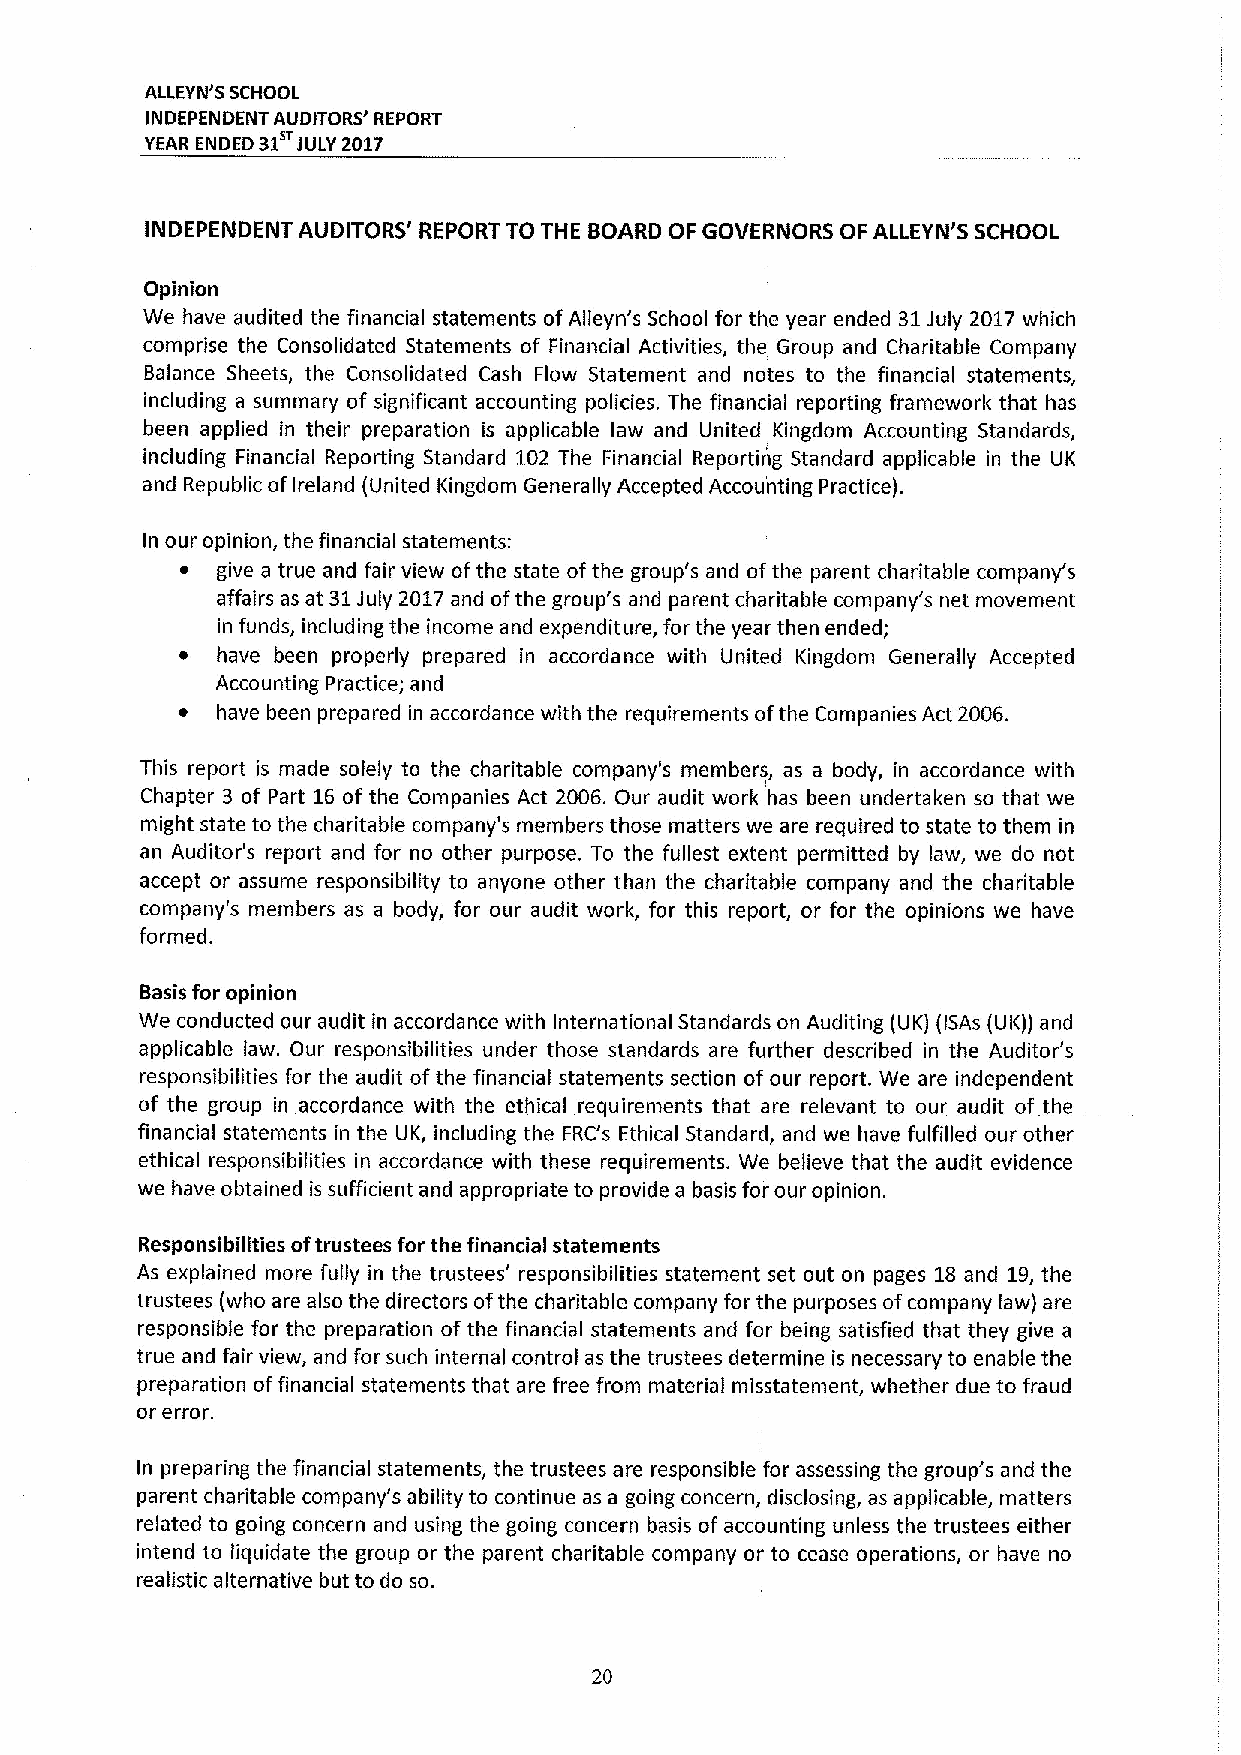
ALLEYN'S SCHOOL
 INDEPENDENT AUDITORS' REPORT
 YEAR ENDED 31 JULY 2017
 INDEPENDENT AUDITORS' REPORT TO THE BOARD OF GOVERNORS OF ALLEYN'S SCHOOL
 Opinion
 We have audited the financial statements ofAlleyn's School for the year ended 31July 2017 which
 comprise the Consolidated Statements of Financial Activities, the Group and Charitable Company
 Balance Sheets, the Consolidated Cash Flow Statement and notes to the financial statements,
 including a summary of significant accounting policies. The financial reporting framework that has
 been applied in their preparation is applicable law and United Kingdom Accounting Standards,
 including Financial Reporting Standard 102 The Financial Reporting Standard applicable in the UK
 and Republic ofireland (United Kingdom Generally Accepted Accounting Practice).
 In our opinion, the financial statements:
 ~ give a true and fair view ofthe state ofthe group's and ofthe parent charitable company's
 affairs as at 31July 2017and ofthe group's and parent charitable company's net movement
 in funds, including the income and expenditure, for the year then ended;
 ~ have been properly prepared in accordance with United Kingdom Generally Accepted
 Accounting Practice; and
 ~ have been prepared in accordance with the requirements ofthe Companies Act 2006.
 This report is made solely to the charitable company's members, as a body, in accordance with
 Chapter 3 of Part 16 of the Companies Act 2006. Our audit work has been undertaken so that we
 might state to the charitable company's members those matters we are required to state to them in
 an Auditor's report and for no other purpose. To the fullest extent permitted by law, we do not
 accept or assume responsibility to anyone other than the charitable company and the charitable
 company's members as a body, for our audit work, for this report, or for the opinions we have
 formed.
 Basis for opinion
 We conducted our audit in accordance with International Standards on Auditing (UK) (ISAs (UK)) and
 applicable faw. Our responsibilities under those standards are further described in the Auditor's
 responsibilities for the audit ofthe financial statements section of our report. We are independent
 of the group in accordance with the ethical requirements that are relevant to our audit of the
 financial statements in the UK, including the FRC's Ethical Standard, and we have fulfilled our other
 ethical responsibilities in accordance with these requirements. We believe that the audit evidence
 we have obtained is sufficient and appropriate to provide a basis for our opinion.
 Responsibilities oftrustees for the financial statements
 As explained more fully in the trustees' responsibilities statement set out on pages 18 and 19,the
 trustees (who are also the directors ofthe charitable company for the purposes ofcompany law) are
 responsible for the preparation of the financial statements and for being satisfied that they give a
 true and fair view, and for such internal control as the trustees determine is necessary to enable the
 preparation offinancial statements that are free from material misstatement, whether due to fraud
 or error.
 In preparing the financial statements, the trustees are responsible for assessing the group's and the
 parent charitable company's ability to continue as a going concern, disclosing, as applicable, matters
 related to going concern and using the going concern basis of accounting unless the trustees either
 intend to liquidate the group or the parent charitable company or to cease operations, or have no
 realistic alternative but to do so.
 20